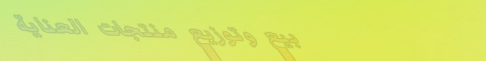
بيع وتوزيع منتجات العناية